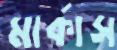
মার্কাস